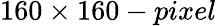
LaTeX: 160\times 160-pixel